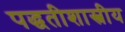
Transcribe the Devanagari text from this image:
पद्धतीशास्त्रीय